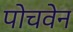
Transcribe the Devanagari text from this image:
पोचवेन